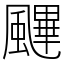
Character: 䬛